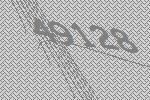
49128